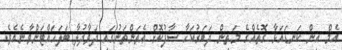
އެމް އިން ކަނޑައަޅާ ގޮތެއްގެ މަތިން ދަބަރުކަހާ ސާފުކޮށް އެތަންތަނުގައި ދަވާދުލާ ބަލަހައްޓަންވާނެއެވެ.